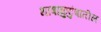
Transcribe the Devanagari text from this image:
भाषाकुटुंबातील